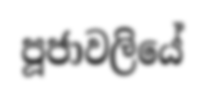
පූජාවලියේ